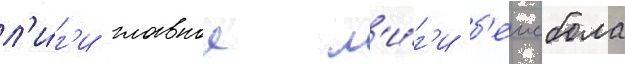
л'и́г'и главнои л'и́г'и б'еисбола